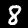
Label: 8